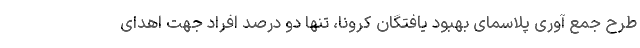
طرح جمع آوری پلاسمای بهبود یافتگان کرونا، تنها دو درصد افراد جهت اهدای